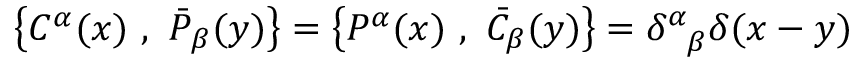
\left\{ C ^ { \alpha } ( x ) ~ , ~ \bar { P } _ { \beta } ( y ) \right\} = \left\{ P ^ { \alpha } ( x ) ~ , ~ \bar { C } _ { \beta } ( y ) \right\} = \delta _ { \hphantom { \alpha } \beta } ^ { \alpha } \delta ( x - y )